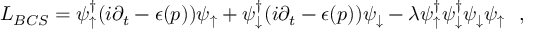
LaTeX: { \cal L _ { B C S } } = \psi _ { \uparrow } ^ { \dagger } ( i \partial _ { t } - \epsilon ( p ) ) \psi _ { \uparrow } + \psi _ { \downarrow } ^ { \dagger } ( i \partial _ { t } - \epsilon ( p ) ) \psi _ { \downarrow } - \lambda \psi _ { \uparrow } ^ { \dagger } \psi _ { \downarrow } ^ { \dagger } \psi _ { \downarrow } \psi _ { \uparrow } \, \, \, \, ,